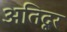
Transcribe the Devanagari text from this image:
अतिदूर